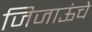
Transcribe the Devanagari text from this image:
जिजाऊंचे